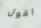
اقول